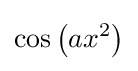
\cos \left(ax^{2}\right)